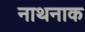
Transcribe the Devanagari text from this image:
नाथनाक